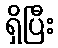
ရှိပြီး